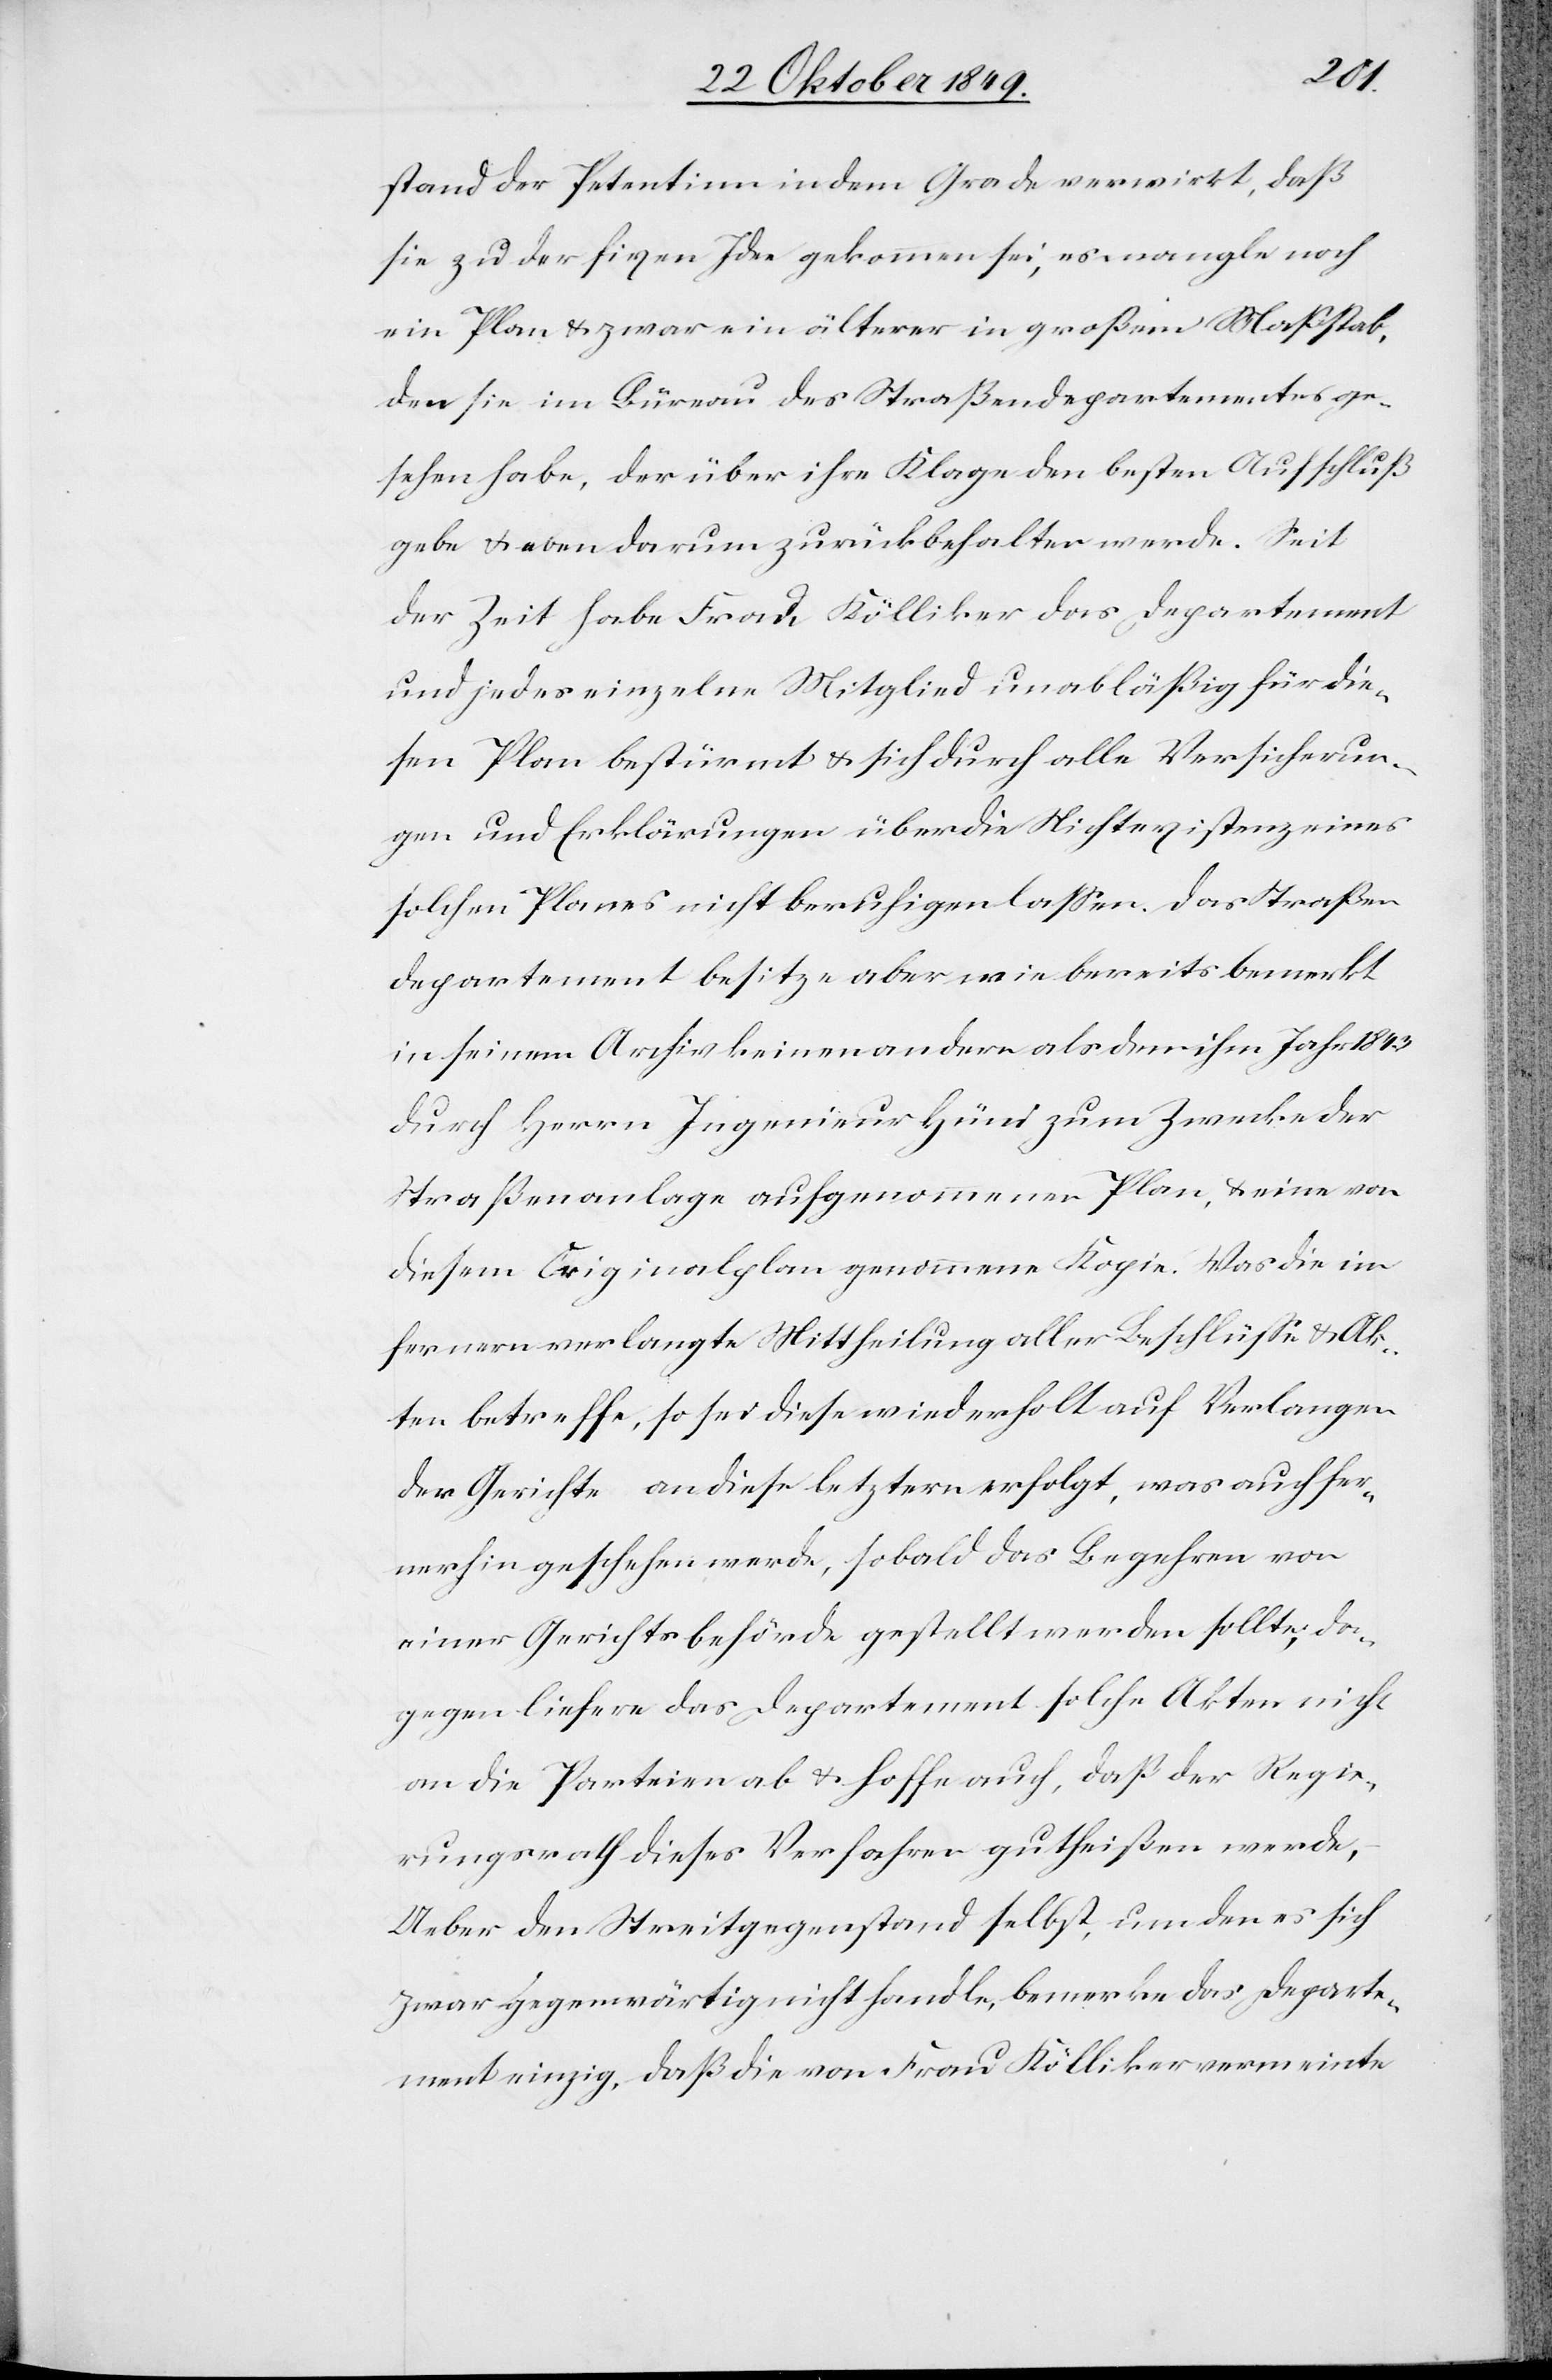
stand der Petentinn in dem Grade verwirkt, daß
sie zu der fixen Idee gekommen sei, es mangle noch
ein Plan u. zwar ein älterer in großem Maßstab,
den sie im Büreau des Straßendepartementes ge¬
sehen habe, der über ihre Klage den besten Aufschluß
gebe u. eben darum zurückbehalten werde. Seit
der Zeit habe Frau Kölliker das Departement
und jedes einzelne Mitglied unabläßig für die¬
sen Plan bestürmt u. sich durch alle Versicherun¬
gen und Erklärungen über die Nichtinstanz eines
solchen Planes nicht beruhigen laßen. Das Straßen¬
departement besitze aber wie bereits bemerkt
in seinem Archiv keinen andern als den ihm [sic!]
durch Herrn Ingenieur Hüni zum Zwecke der
Straßenanlage aufgenommenen Plan, u. eine von
diesem Originalplan genommene Kopie. Was die im
fernern verlangte Mittheilung aller Beschlüße u. Ak¬
ten betreffe, so sei diese wiederholt auf Verlangen
der Gerichte an diese letztern erfolgt, was auch fer¬
nerhin geschehen werde, sobald das Begehren von
einer Gerichtsbehörde gestellt werden sollte, da¬
gegen liefere das Departement solche Akten nicht
an die Parteien ab u. hoffe auch, daß der Regie¬
rungsrath dieses Verfahren gutheißen werde,
Ueber den Streitgegenstand selbst, um den es sich
zwar gegenwärtig nicht handle, bemerke das Departe¬
ment einzig, daß die von Frau Kölliker verneinte